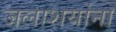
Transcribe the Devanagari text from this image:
जलाशयांना